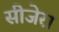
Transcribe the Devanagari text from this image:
सीजेरा